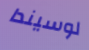
لوسيندا